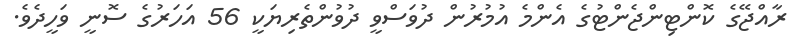
ރާއްޖޭގެ ކޮންޓިންޖެންޓުގެ އެންމެ އުމުރުން ދުވަސްވީ ދުވުންތެރިޔަކީ 56 އަހަރުގެ ސޮނީ ވަހީދެވެ.